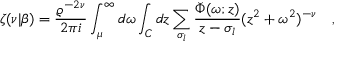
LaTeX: \zeta ( \nu | \beta ) = { \frac { \varrho ^ { - 2 \nu } } { 2 \pi i } } \int _ { \mu } ^ { \infty } d \omega \int _ { C } d z \sum _ { \sigma _ { l } } { \frac { \breve { \Phi } ( \omega ; z ) } { z - \sigma _ { l } } } ( z ^ { 2 } + \omega ^ { 2 } ) ^ { - \nu } ~ ~ ~ ,